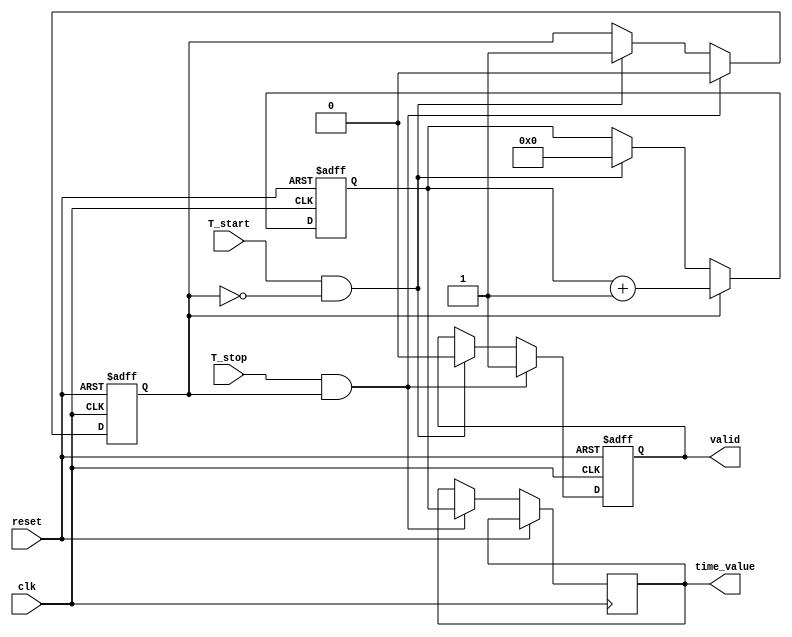
module TDC (
    input wire clk,               // High-frequency clock
    input wire reset,             // Global reset
    input wire T_start,           // Start signal
    input wire T_stop,            // Stop signal
    output reg [15:0] time_value, // Measured time value in clock cycles
    output reg valid              // Output valid flag
);

// Counter module
reg [15:0] counter;               // 16-bit counter to count clock cycles
reg counting;                     // Counting flag

// Memory block (FIFO)
reg [15:0] memory [0:15];        // Simple 16-entry memory block
integer write_pointer;            // Pointer for writing to memory

// Control logic
always @(posedge clk or posedge reset) begin
    if (reset) begin
        counter <= 0;
        counting <= 0;
        valid <= 0;
        write_pointer <= 0;
    end else begin
        if (T_start && !counting) begin
            // Start counting on rising edge of T_start
            counting <= 1;
            counter <= 0; // Reset counter on start
            valid <= 0;   // Reset valid flag
        end
        
        if (counting) begin
            counter <= counter + 1; // Increment counter
        end
        
        if (T_stop && counting) begin
            // Stop counting on rising edge of T_stop
            counting <= 0;
            time_value <= counter; // Capture counter value
            valid <= 1;            // Set valid flag
            // Store the value in memory
            if (write_pointer < 16) begin
                memory[write_pointer] <= counter;
                write_pointer <= write_pointer + 1;
            end
        end
    end
end

endmodule